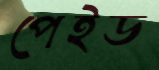
পেইড